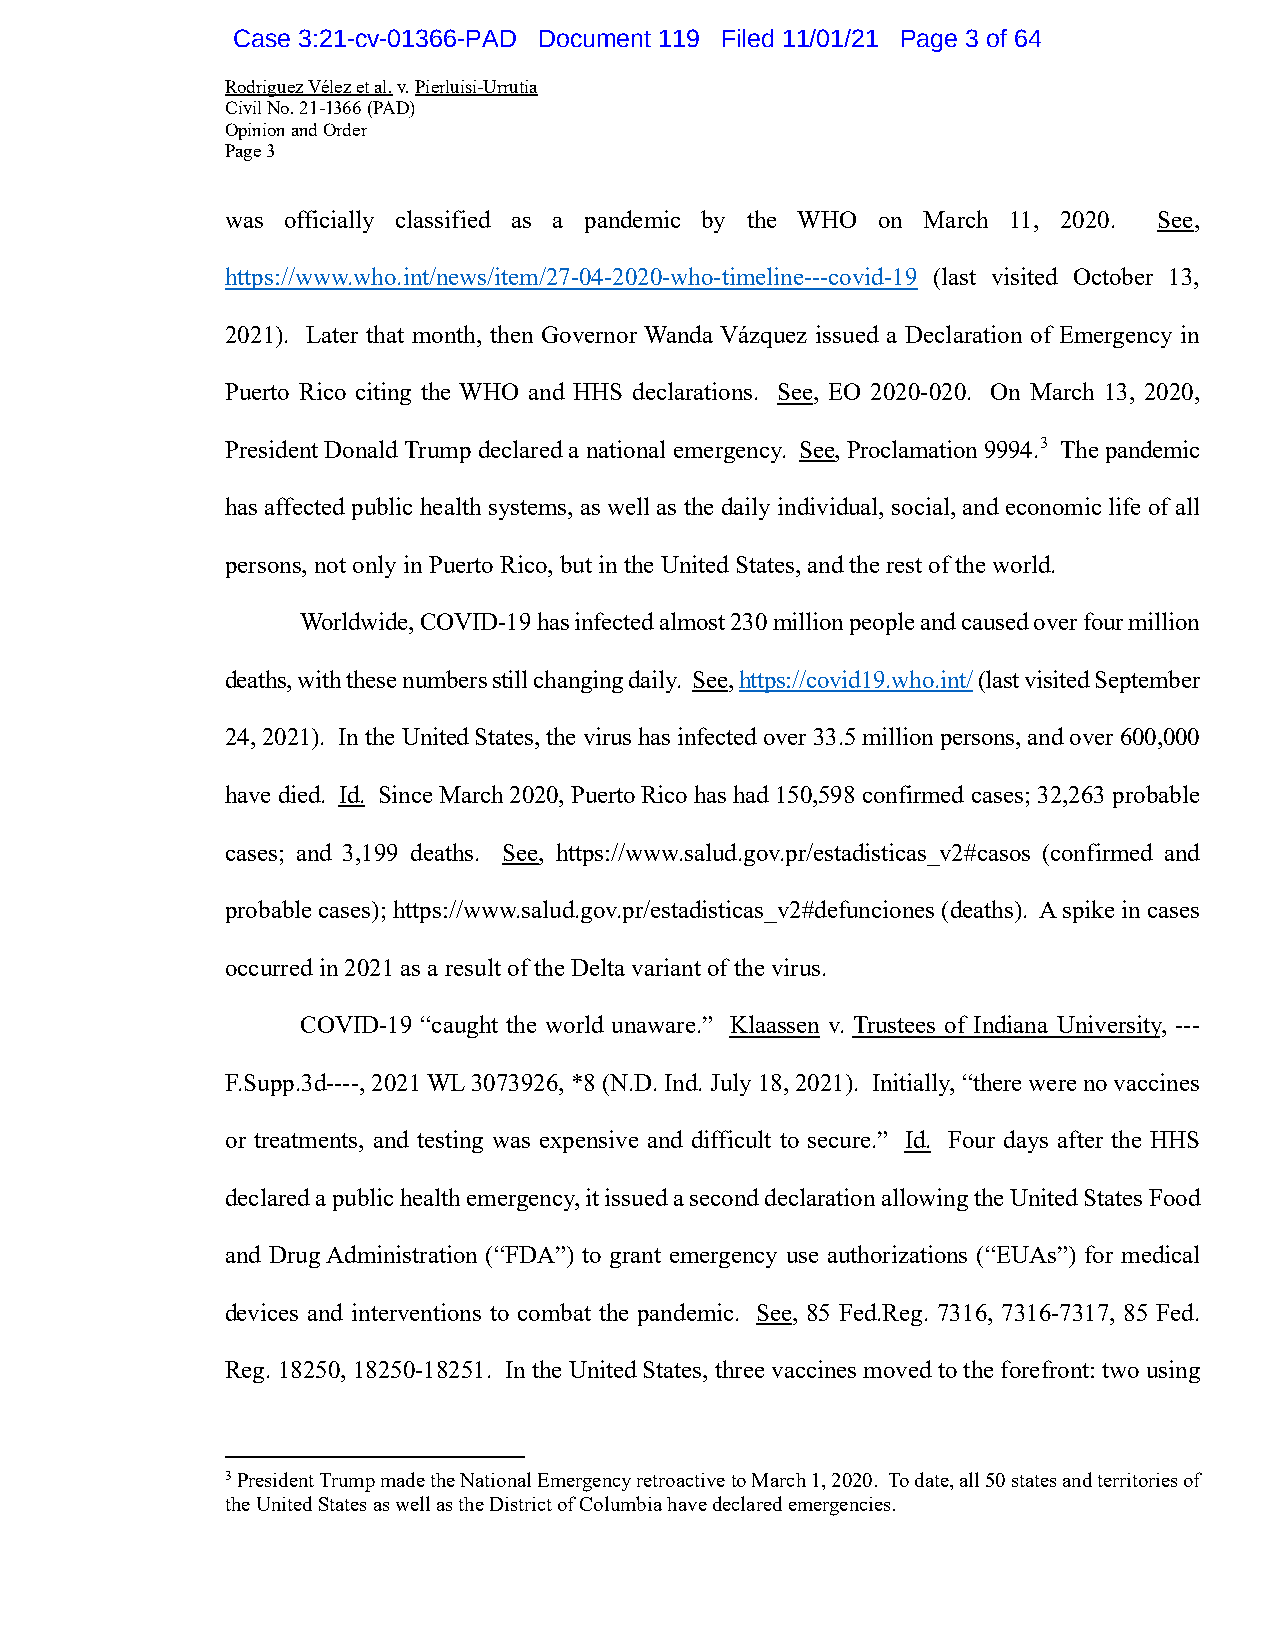
Case 3:21-cv-01366-PAD Document 119 Filed 11/01/21 Page 3 of 64
 Rodriguez Vélez et al. v. Pierluisi-Urrutia
 Civil No. 21-1366 (PAD)
 Opinion and Order
 Page 3
 was officially classified as a pandemic by the WHO on March 11, 2020. See,
 https://www.who.int/news/item/27-04-2020-who-timeline---covid-19 (last visited October 13,
 2021). Later that month, then Governor Wanda Vázquez issued a Declaration of Emergency in
 Puerto Rico citing the WHO and HHS declarations. See, EO 2020-020. On March 13, 2020,
 President Donald Trump declared a national emergency. See, Proclamation 9994.3 The pandemic
 has affected public health systems, as well as the daily individual, social, and economic life of all
 persons, not only in Puerto Rico, but in the United States, and the rest of the world.
 Worldwide, COVID-19 has infected almost 230 million people and caused over four million
 deaths, with these numbers still changing daily. See, https://covid19.who.int/ (last visited September
 24, 2021). In the United States, the virus has infected over 33.5 million persons, and over 600,000
 have died. Id. Since March 2020, Puerto Rico has had 150,598 confirmed cases; 32,263 probable
 cases; and 3,199 deaths. See, https://www.salud.gov.pr/estadisticas_v2#casos (confirmed and
 probable cases); https://www.salud.gov.pr/estadisticas_v2#defunciones (deaths). A spike in cases
 occurred in 2021 as a result of the Delta variant of the virus.
 COVID-19 “caught the world unaware.” Klaassen v. Trustees of Indiana University, ---
 F.Supp.3d----, 2021 WL 3073926, *8 (N.D. Ind. July 18, 2021). Initially, “there were no vaccines
 or treatments, and testing was expensive and difficult to secure.” Id. Four days after the HHS
 declared a public health emergency, it issued a second declaration allowing the United States Food
 and Drug Administration (“FDA”) to grant emergency use authorizations (“EUAs”) for medical
 devices and interventions to combat the pandemic. See, 85 Fed.Reg. 7316, 7316-7317, 85 Fed.
 Reg. 18250, 18250-18251. In the United States, three vaccines moved to the forefront: two using
 3 President Trump made the National Emergency retroactive to March 1, 2020. To date, all 50 states and territories of
 the United States as well as the District of Columbia have declared emergencies.